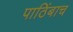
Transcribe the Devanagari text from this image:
पाठिंबाच